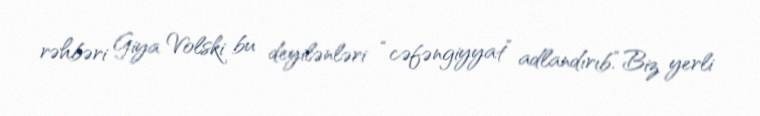
rəhbəri Giya Volski bu deyilənləri “cəfəngiyyat” adlandırıb.“Biz yerli